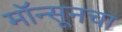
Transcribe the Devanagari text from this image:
मॉन्सूनचा